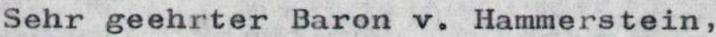
Sehr geehrter Baron v. Hammerstein,